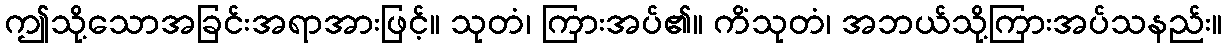
ဤသို့သောအခြင်းအရာအားဖြင့်။ သုတံ၊ ကြားအပ်၏။ ကိံသုတံ၊ အဘယ်သို့ကြားအပ်သနည်း။